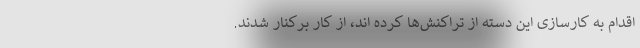
اقدام به کارسازی این دسته از تراکنش‌ها کرده اند، از کار برکنار شدند.